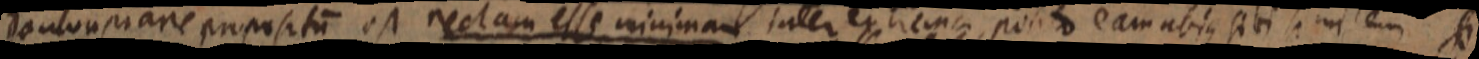
doulonstrare proposita est rectam esse minimam inter extrema, posito eam ubique sibi similem